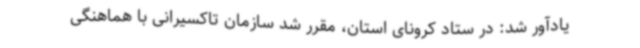
یادآور شد: در ستاد کرونای استان، مقرر شد سازمان تاکسیرانی با هماهنگی